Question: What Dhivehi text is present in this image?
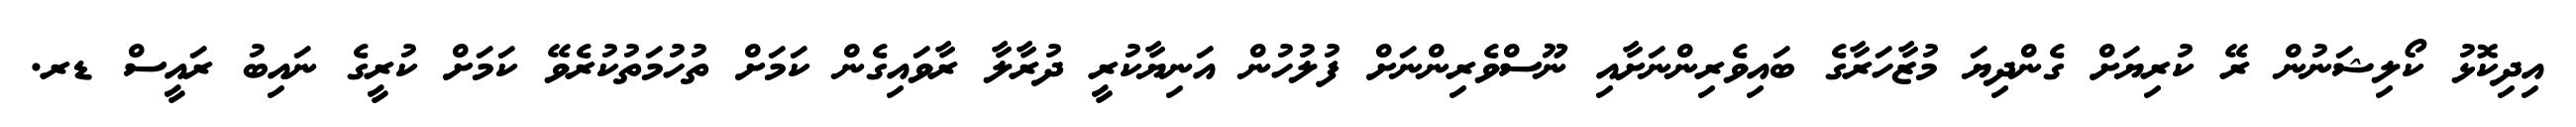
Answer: އިދިކޮޅު ކޯލިޝަނުން ރޭ ކުރިޔަށް ގެންދިޔަ މުޒާހަރާގެ ބައިވެރިންނަށާއި ނޫސްވެރިންނަށް ފުލުހުން އަނިޔާކުރީ ދުރާލާ ރާވައިގެން ކަމަށް ތުހުމަތުކުރެވޭ ކަމަށް ކުރީގެ ނައިބު ރައީސް ޑރ.